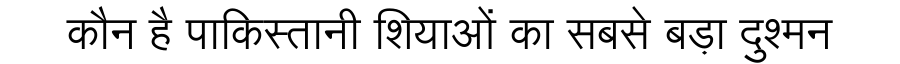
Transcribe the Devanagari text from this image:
कौन है पाकिस्तानी शियाओं का सबसे बड़ा दुश्मन